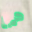
هما